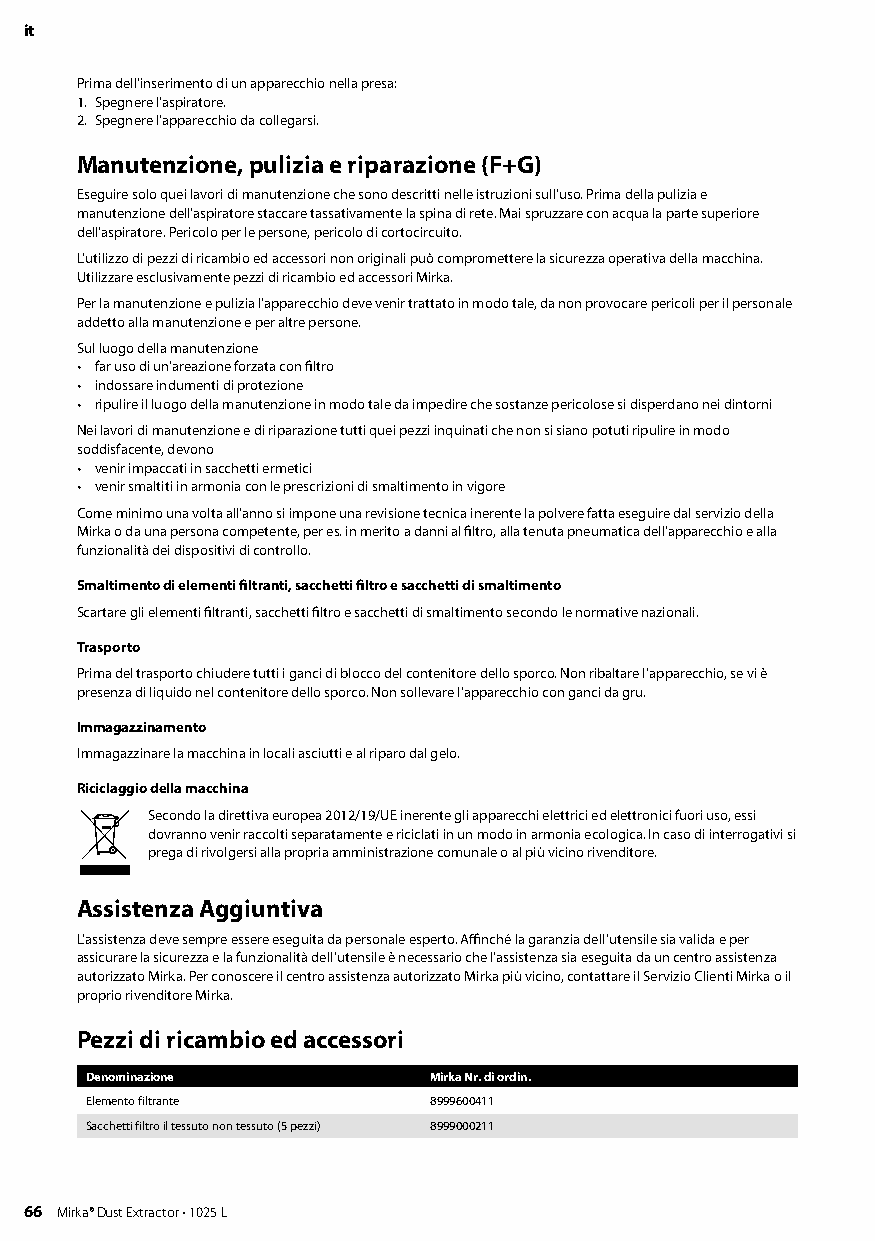
it
 Prima dell‘inserimento di un apparecchio nella presa:
 1 Spegnere l‘aspiratore
 2 Spegnere l‘apparecchio da collegarsi
 Manutenzione, pulizia e riparazione (F+G)
 Eseguire solo quei lavori di manutenzione che sono descritti nelle istruzioni sull‘uso Prima della pulizia e
 manutenzione dell‘aspiratore staccare tassativamente la spina di rete Mai spruzzare con acqua la parte superiore
 dell‘aspiratore Pericolo per le persone, pericolo di cortocircuito
 L’utilizzo di pezzi di ricambio ed accessori non originali può compromettere la sicurezza operativa della macchina
 Utilizzare esclusivamente pezzi di ricambio ed accessori Mirka
 Per la manutenzione e pulizia l‘apparecchio deve venir trattato in modo tale, da non provocare pericoli per il personale
 addetto alla manutenzione e per altre persone
 Sul luogo della manutenzione
 • far uso di un‘areazione forzata con filtro
 • indossare indumenti di protezione
 • ripulire il luogo della manutenzione in modo tale da impedire che sostanze pericolose si disperdano nei dintorni
 Nei lavori di manutenzione e di riparazione tutti quei pezzi inquinati che non si siano potuti ripulire in modo
 soddisfacente, devono
 • venir impaccati in sacchetti ermetici
 • venir smaltiti in armonia con le prescrizioni di smaltimento in vigore
 Come minimo una volta all‘anno si impone una revisione tecnica inerente la polvere fatta eseguire dal servizio della
 Mirka o da una persona competente, per es in merito a danni al filtro, alla tenuta pneumatica dell‘apparecchio e alla
 funzionalità dei dispositivi di controllo
 Smaltimento di elementi filtranti, sacchetti filtro e sacchetti di smaltimento
 Scartare gli elementi filtranti, sacchetti filtro e sacchetti di smaltimento secondo le normative nazionali
 Trasporto
 Prima del trasporto chiudere tutti i ganci di blocco del contenitore dello sporco Non ribaltare l’apparecchio, se vi è
 presenza di liquido nel contenitore dello sporco Non sollevare l’apparecchio con ganci da gru
 Immagazzinamento
 Immagazzinare la macchina in locali asciutti e al riparo dal gelo
 Riciclaggio della macchina
 Secondo la direttiva europea 2012/19/UE inerente gli apparecchi elettrici ed elettronici fuori uso, essi
 dovranno venir raccolti separatamente e riciclati in un modo in armonia ecologica In caso di interrogativi si
 prega di rivolgersi alla propria amministrazione comunale o al più vicino rivenditore
 Assistenza Aggiuntiva
 L’assistenza deve sempre essere eseguita da personale esperto Affinché la garanzia dell’utensile sia valida e per
 assicurare la sicurezza e la funzionalità dell’utensile è necessario che l’assistenza sia eseguita da un centro assistenza
 autorizzato Mirka Per conoscere il centro assistenza autorizzato Mirka più vicino, contattare il Servizio Clienti Mirka o il
 proprio rivenditore Mirka
 Pezzi di ricambio ed accessori
 Denominazione         Mirka Nr. di ordin.
 Elemento filtrante    8999600411
 Sacchetti filtro il tessuto non tessuto (5 pezzi) 8999000211
 66 Mirka® Dust Extractor • 1025 L